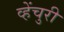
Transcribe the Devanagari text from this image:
व्हेंचुरी